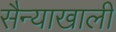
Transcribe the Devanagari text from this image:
सैन्याखाली